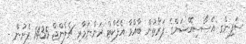
ސަފިންގ އެސޯސިއޭޝަންގެ ފަރާތުން ބާއްވާ އެފެކްްޓް ރަންނަމާރި ޗެލެންޖް 1435 ފެށުން -